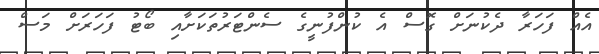
އެއް ފަހަރާ ދެކުނަށް ގޮސް އެ ކުންފުނީގެ ސެންޓަރުތަކަށާއި ބޯޓު ފަހަރަށް މަސް